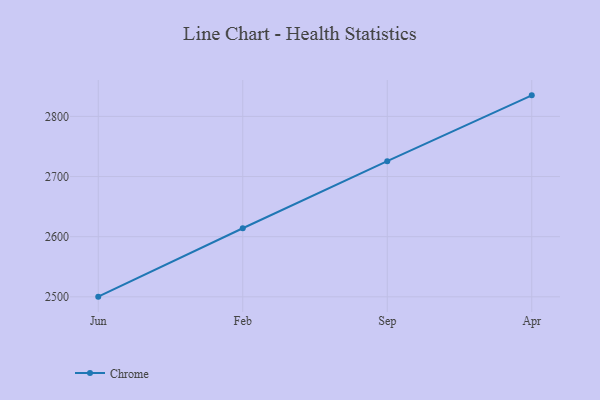
{"axis": {"x": "Month", "y": "Churn Rate (%)"}, "legend": ["Chrome"], "data": [{"x": "Jun", "y": 2500.3, "type": "Chrome"}, {"x": "Feb", "y": 2614.0, "type": "Chrome"}, {"x": "Sep", "y": 2725.5, "type": "Chrome"}, {"x": "Apr", "y": 2835.0, "type": "Chrome"}]}